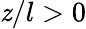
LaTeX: \mathit{z}/l>0